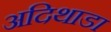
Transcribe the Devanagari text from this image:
अदिथाडा